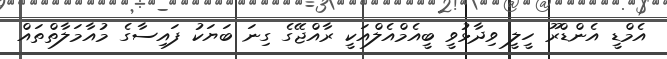
އެމްޑީ އެންޑްރޫ ހީލީ ވިދާޅުވީ ބީއެމްއެލްއަކީ ރާއްޖޭގެ ގިނަ ބަޔަކު ފައިސާގެ މުއާމަލާތްތައް